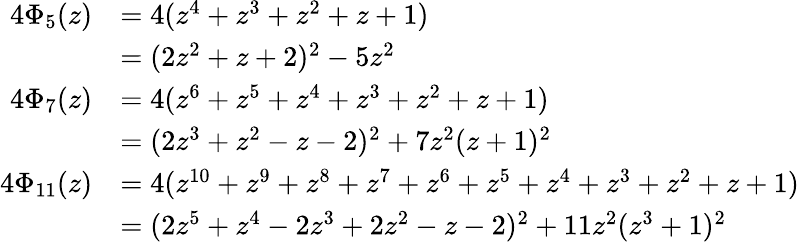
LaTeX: {\begin{array}{rl}{4\Phi_{5}(z)}&{=4(z^{4}+z^{3}+z^{2}+z+1)}\\ &{=(2z^{2}+z+2)^{2}-5z^{2}}\\ {4\Phi_{7}(z)}&{=4(z^{6}+z^{5}+z^{4}+z^{3}+z^{2}+z+1)}\\ &{=(2z^{3}+z^{2}-z-2)^{2}+7z^{2}(z+1)^{2}}\\ {4\Phi_{11}(z)}&{=4(z^{10}+z^{9}+z^{8}+z^{7}+z^{6}+z^{5}+z^{4}+z^{3}+z^{2}+z+1)}\\ &{=(2z^{5}+z^{4}-2z^{3}+2z^{2}-z-2)^{2}+11z^{2}(z^{3}+1)^{2}}\end{array}}